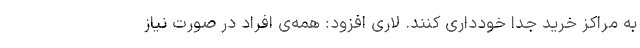
به مراکز خرید جدا خودداری کنند. لاری افزود: همه‌ی افراد در صورت نیاز